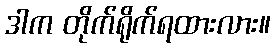
ဒါက တိုက်ရိုက်ရထားလား။